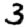
Digit: 3